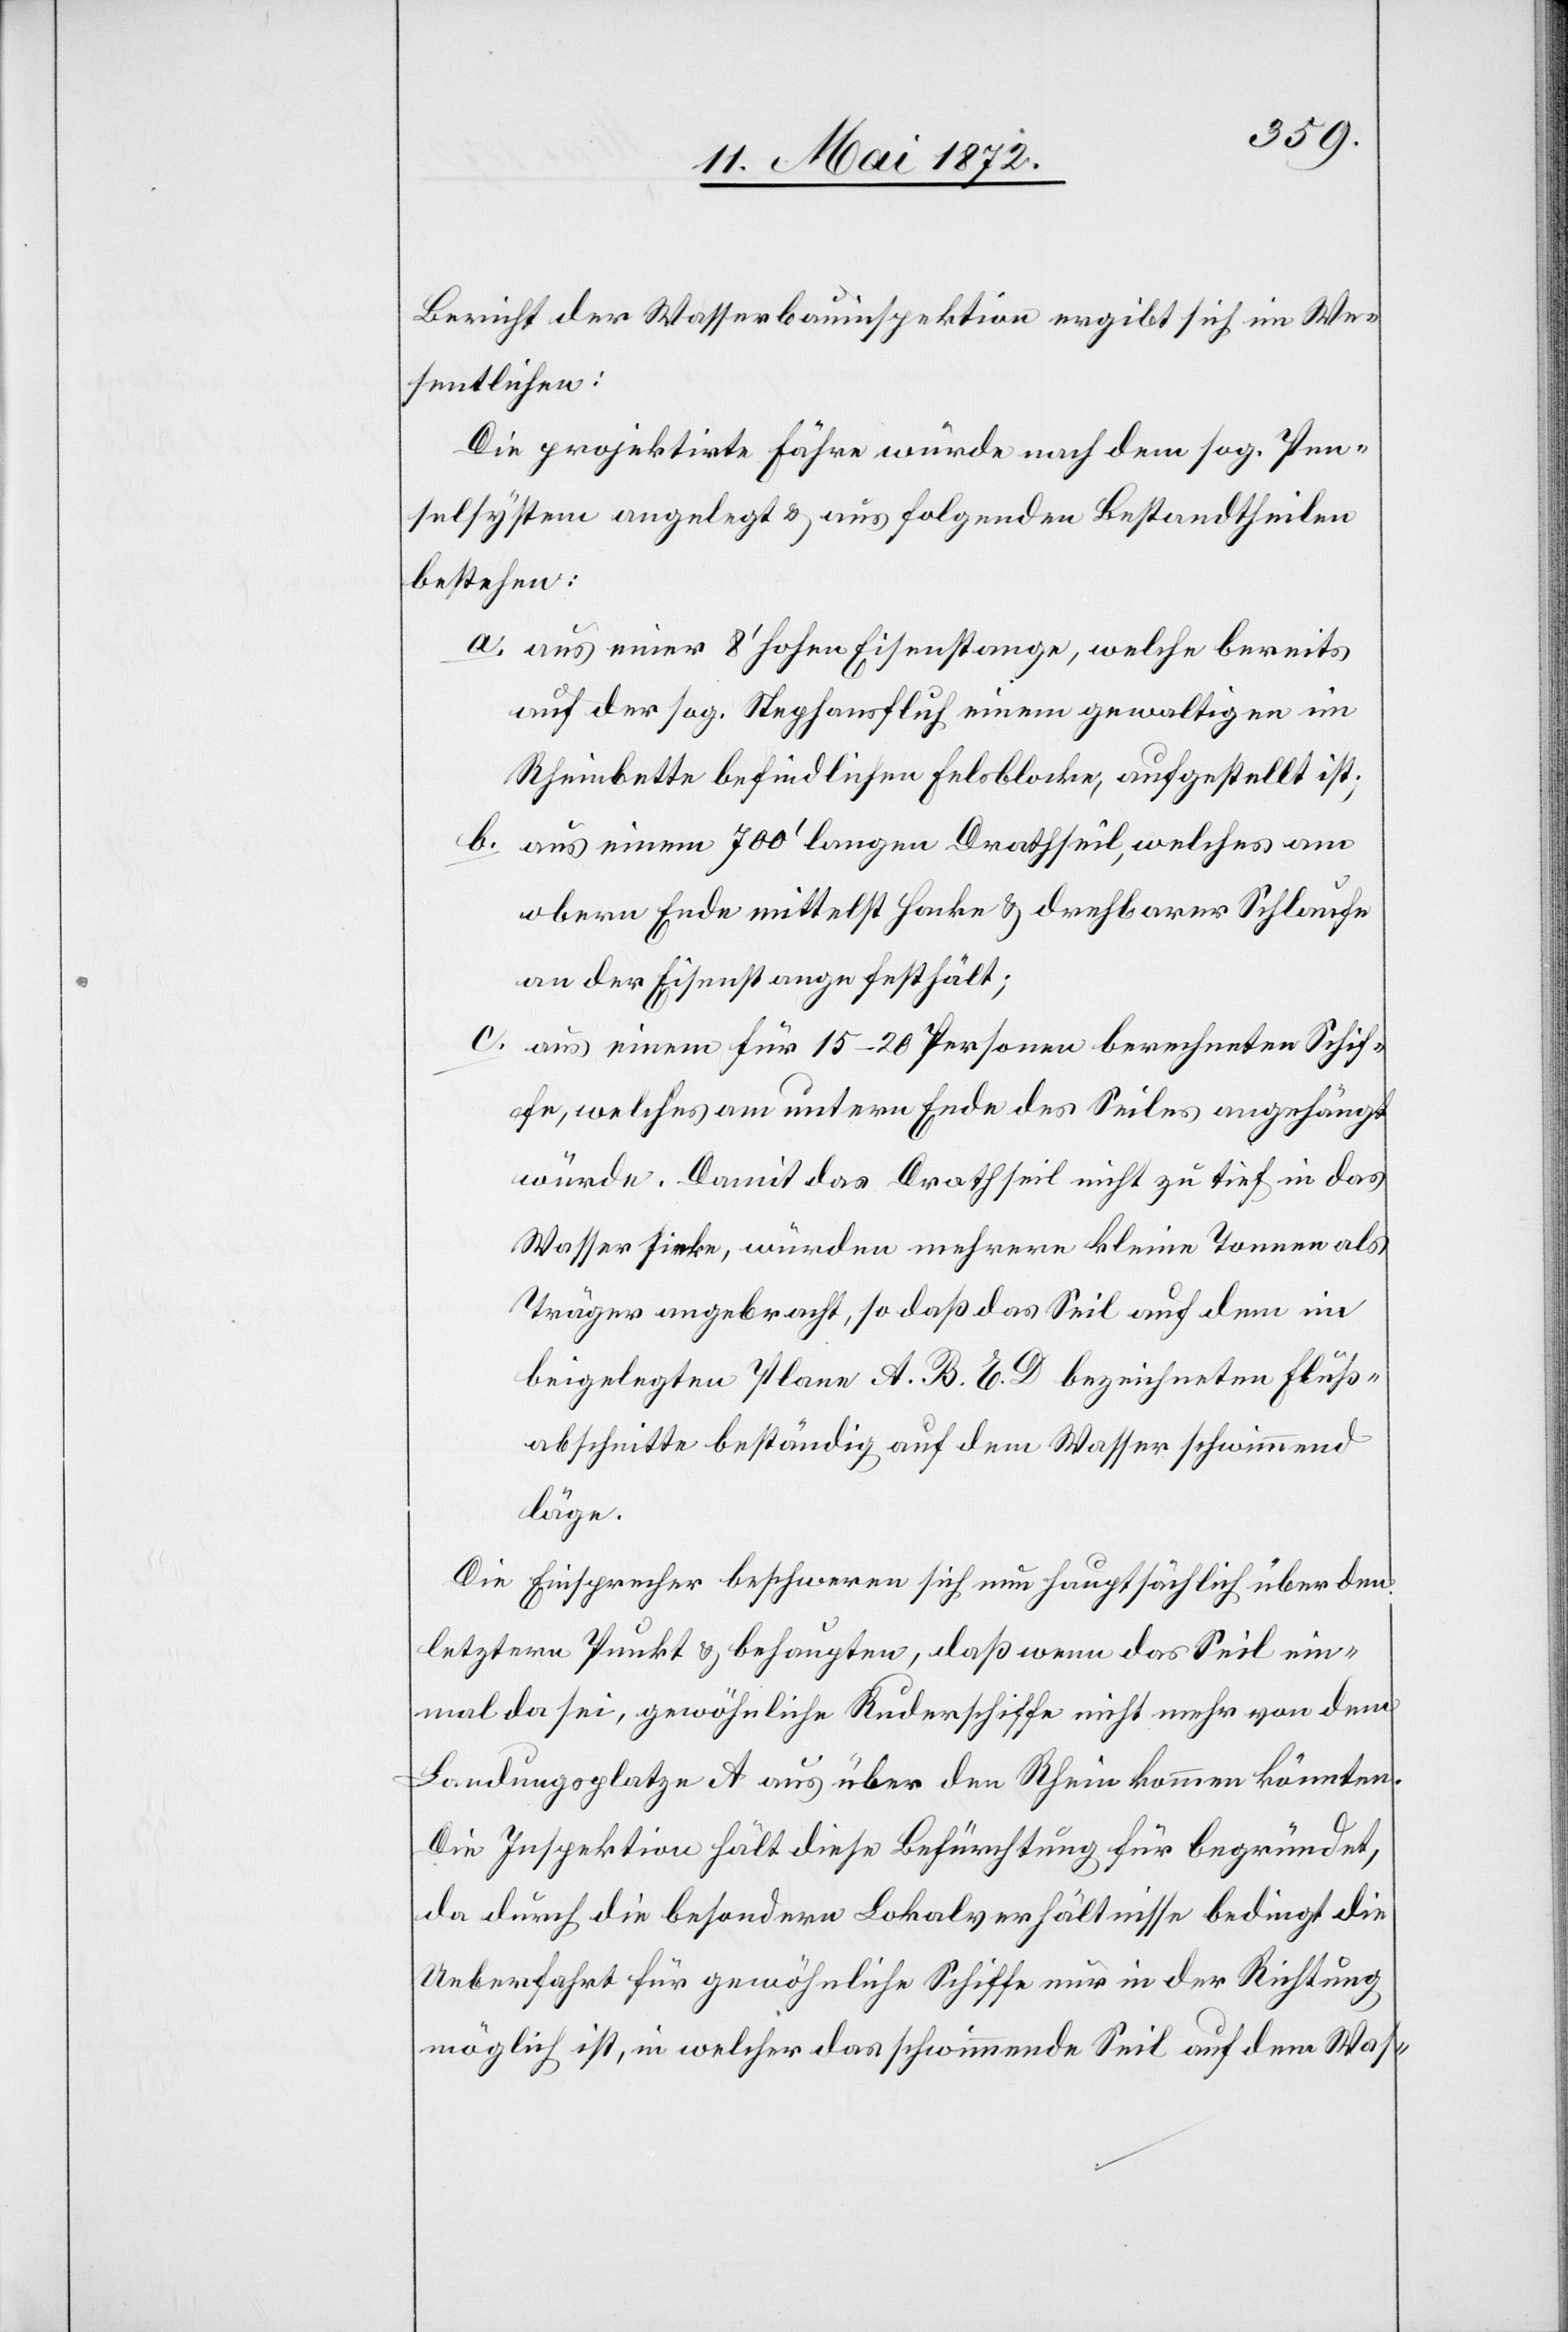
Bericht der Wasserbauinspektion ergibt sich im We¬
sentlichen:
Die projektirte Fähre würde nach dem sog. Pen¬
selsystem angelegt u. aus folgenden Bestandtheilen
bestehen:
a. aus einer 8’ hohen Eisenstange, welche bereits
auf der sog. Steghansfluh einem gewaltigen im
Rheinbette befindlichen Felsblocke, aufgestellt ist;
b. aus einem 700’ langen Drahtseil, welches am
obern Ende mittelst Hacke u. drehbarer Schlaufe
an der Eisenstange festhält;
c. aus einem für 15–20 Personen berechneten Schif¬
fe, welches am untern Ende des Seilens angehängt
würde. Damit das Drahtseil nicht zu tief in das
Wasser sinke, würde mehrere kleine Tonnen als
Träger angebracht, so daß das Seil auf dem im
beigelegten Plane A. B. C. D. bezeichneten Fluß¬
abschnitte beständig auf dem Wasser schwimmend
läge.
Die Einsprecher beschweren sich nun hauptsächlich über den
letztern Punkt u. behaupten, daß wenn das Seil ein¬
mal da sei, gewöhnliche Ruderschiffe nicht mehr von dem
Landungsplatze A aus über den Rhein kommen könnten.
Die Inspektion hält diese Befürchtung für begründet,
da durch die besondern Lokalverhältnisse bedingt die
Ueberfahrt für gewöhnliche Schiffe nur in der Richtung
möglich ist, in welcher das schwimmende Seil auf dem Was-